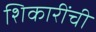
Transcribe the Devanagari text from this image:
शिकारींची